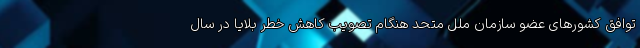
توافق کشورهای عضو سازمان ملل متحد هنگام تصویب کاهش خطر بلایا در سال